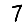
Digit: 7